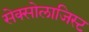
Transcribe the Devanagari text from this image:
सेक्सोलाजिस्ट